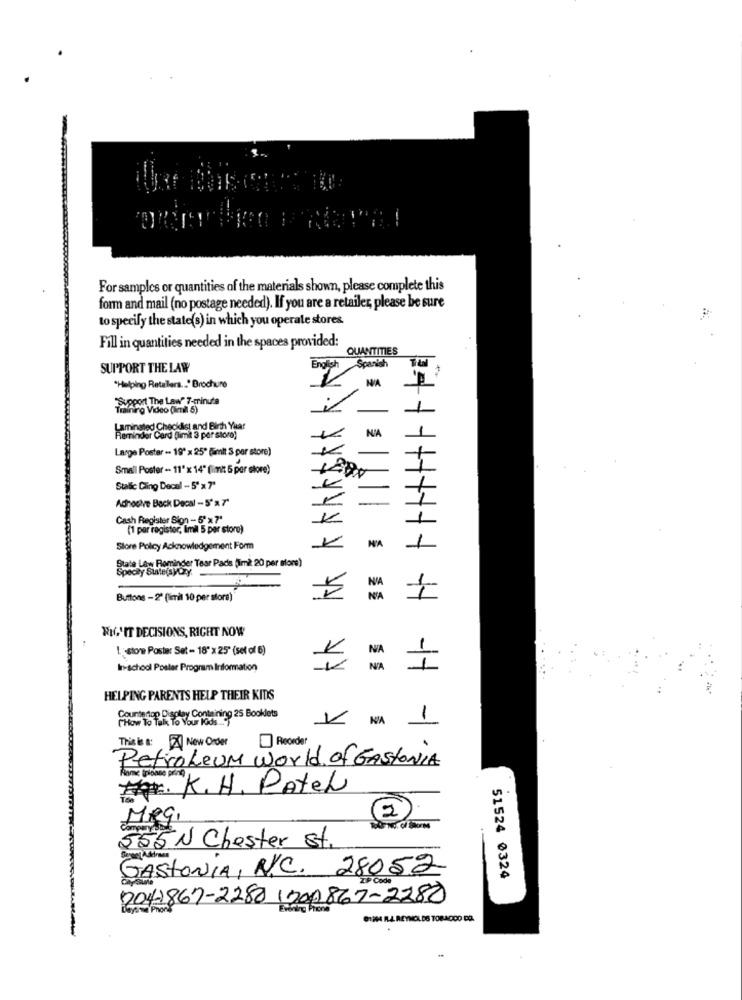
For samples or quantities of the materials shown, please complete this
form and mail (no postage needed). If you are a retailer, please be sure
to specify the state(s) in which you operate stores
Fill in quantities needed in the spaces provided:
QUANTITIES
SUPPORT THE LAW
English
Spanish
NA
"Helping Retailers .. " Brochure
Support The Law" 7-minute
Training Video (enill 5)
Laminated Checklist and Birth Yar
Reminder Card (limit 3 por store)
Large Poster -- 19" x 25" (imit 3 par store)
Small Poster - 11" x 14" (imt 5 por store)
Stalic Cling Decal - 5' x7'
Achooive Back Decal -5'x 7"
Cash Register Sion - 5" x7'
(1 par registoc, Imil 5 per storo)
Store Policy Acknowledgement Form
NA
State Law Rominder Tear Pads (im2 20 per stors)
Speciy Sustepayony
Buttons -2ª (imil 10 per store)
5
RIG'IT DECISIONS, RIGHT NOW
Iston Poster Set - 18" x 25" (set of 6)
In-school Poster Program Information
HELPING PARENTS HELP THEIR KIDS
Countertop Display Containing 25 Booklets
( How To Talk To Your los.
V NA 1
This is a: New Order
Reorder
Petroleum World of GASTONIA
A. K. H. Patel
2
MRg.
555 N Chester St.
GASTONIA, N.C. 28052
51524 0324
204)867-2280 (30)867-2280
Evining Phone
REYNOLDS TOBADDO DO.